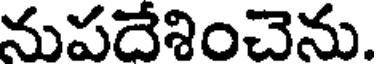
నుపదేశించెను.